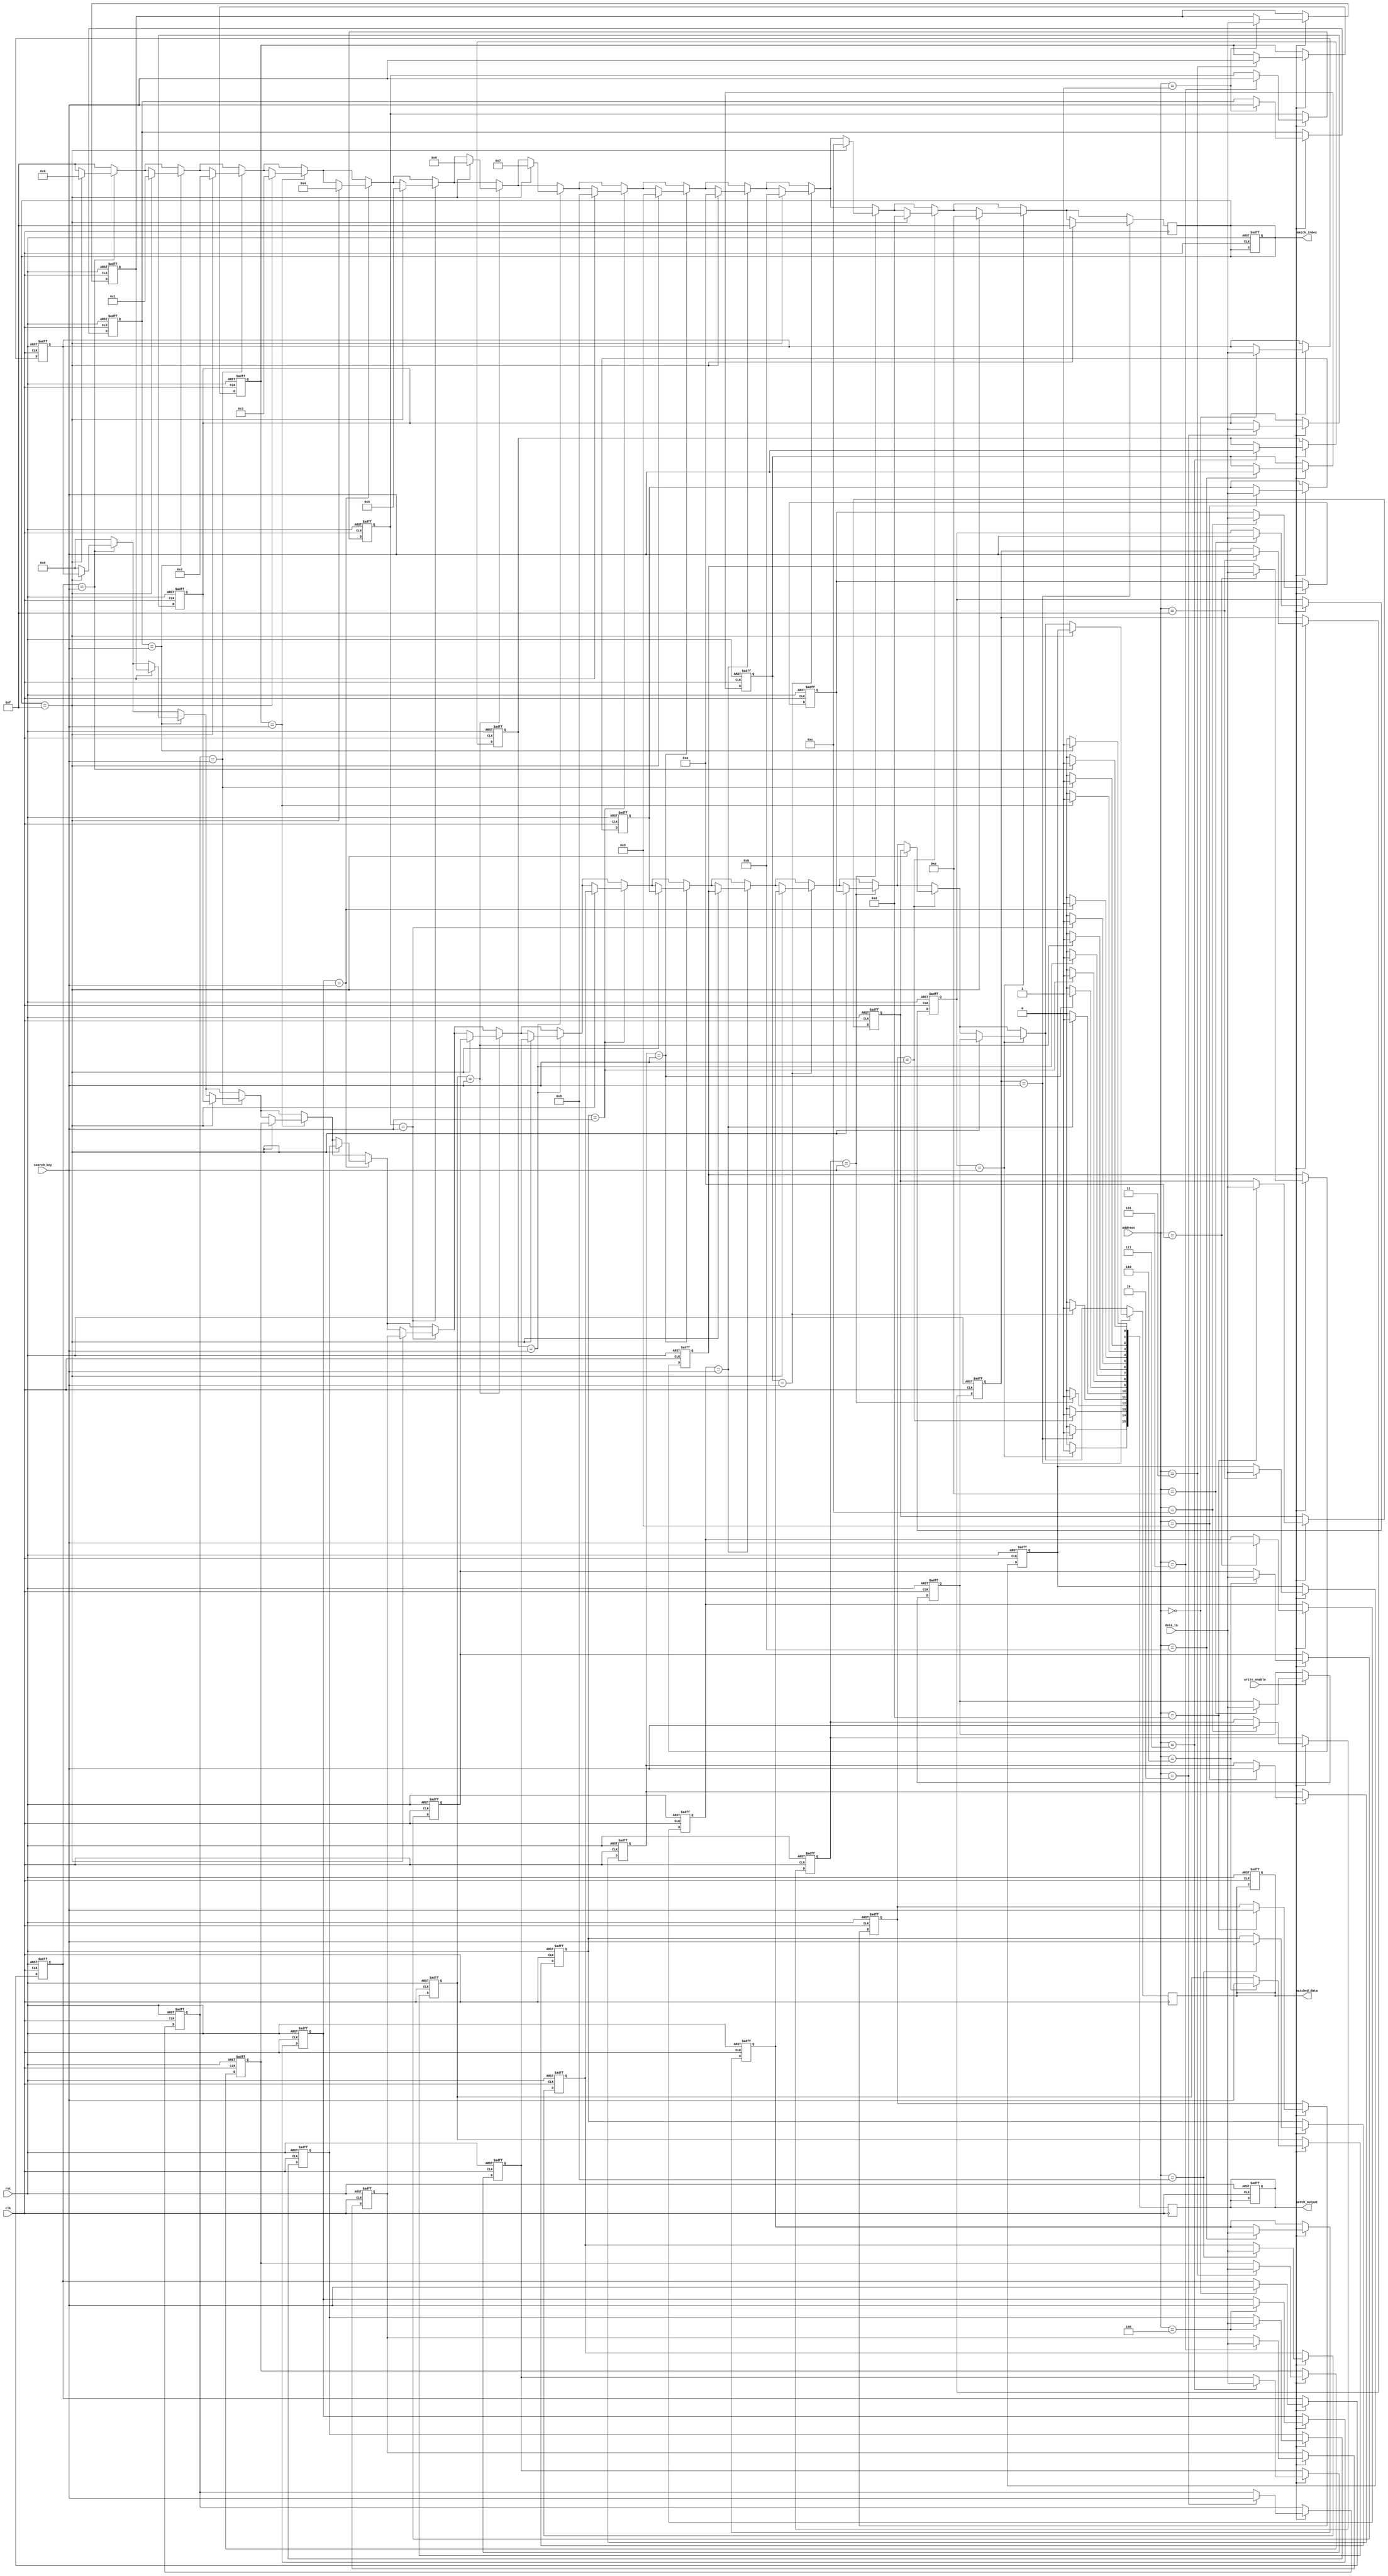
module CAM #(
    parameter DATA_WIDTH = 8,   // Width of the data
    parameter TAG_WIDTH = 8,    // Width of the tag
    parameter NUM_ENTRIES = 16   // Number of entries in the CAM
)(
    input wire clk,
    input wire rst,
    input wire [TAG_WIDTH-1:0] search_key,  // Search key input
    input wire write_enable,                  // Write enable signal
    input wire [DATA_WIDTH-1:0] data_in,     // Data input
    input wire [3:0] address,                 // Address input for write operation
    output reg [NUM_ENTRIES-1:0] match_output, // Match output
    output reg [DATA_WIDTH-1:0] matched_data, // Data associated with highest priority match
    output reg [3:0] match_index              // Index of the highest priority match
);

    // Memory arrays for tags and data
    reg [TAG_WIDTH-1:0] tags [0:NUM_ENTRIES-1];
    reg [DATA_WIDTH-1:0] data [0:NUM_ENTRIES-1];

    // Priority encoder output
    integer i;

    // Reset and Write Operation
    always @(posedge clk or posedge rst) begin
        if (rst) begin
            // Reset all entries
            for (i = 0; i < NUM_ENTRIES; i = i + 1) begin
                tags[i] <= {TAG_WIDTH{1'b0}};
                data[i] <= {DATA_WIDTH{1'b0}};
            end
            match_output <= {NUM_ENTRIES{1'b0}};
            matched_data <= {DATA_WIDTH{1'b0}};
            match_index <= 4'b1111; // Invalid index
        end else if (write_enable) begin
            // Write data and tag to specified address
            tags[address] <= search_key;
            data[address] <= data_in;
        end
    end

    // Search Operation
    always @(posedge clk) begin
        match_output <= {NUM_ENTRIES{1'b0}}; // Clear match output
        match_index <= 4'b1111; // Reset match index
        matched_data <= {DATA_WIDTH{1'b0}}; // Reset matched data

        // Compare search key with all tags
        for (i = 0; i < NUM_ENTRIES; i = i + 1) begin
            if (tags[i] == search_key) begin
                match_output[i] <= 1'b1; // Set match line
                if (match_index == 4'b1111) begin
                    match_index <= i[3:0]; // Set match index for first match
                    matched_data <= data[i]; // Get matched data
                end
            end
        end
    end

endmodule